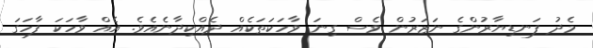
މެދު ފަނޑިޔާރުންގެ ނަޒަރުން ވެސް ގިނަ ވާހަކަތަކެއް ދެއްކިދާނެއެވެ. އެއް ވާހަކަ ފާހަގަ